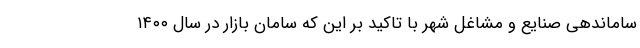
ساماندهی صنایع و مشاغل شهر با تاکید بر این که سامان بازار در سال ۱۴۰۰